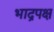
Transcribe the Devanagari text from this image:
भाद्रपक्ष